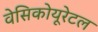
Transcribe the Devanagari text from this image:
वेसिकोयूरेटल